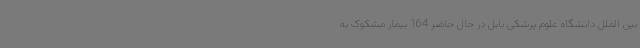
بین ‌الملل دانشگاه علوم پزشکی بابل در حال حاضر 164 بیمار مشکوک به